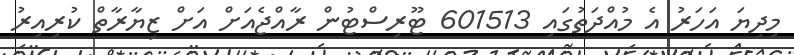
މިދިޔަ އަހަރު އެ މުއްދަތުގައި 601513 ޓޫރިސްޓުން ރާއްޖެއަށް އަށް ޒިޔާރާތް ކުރިއިރު